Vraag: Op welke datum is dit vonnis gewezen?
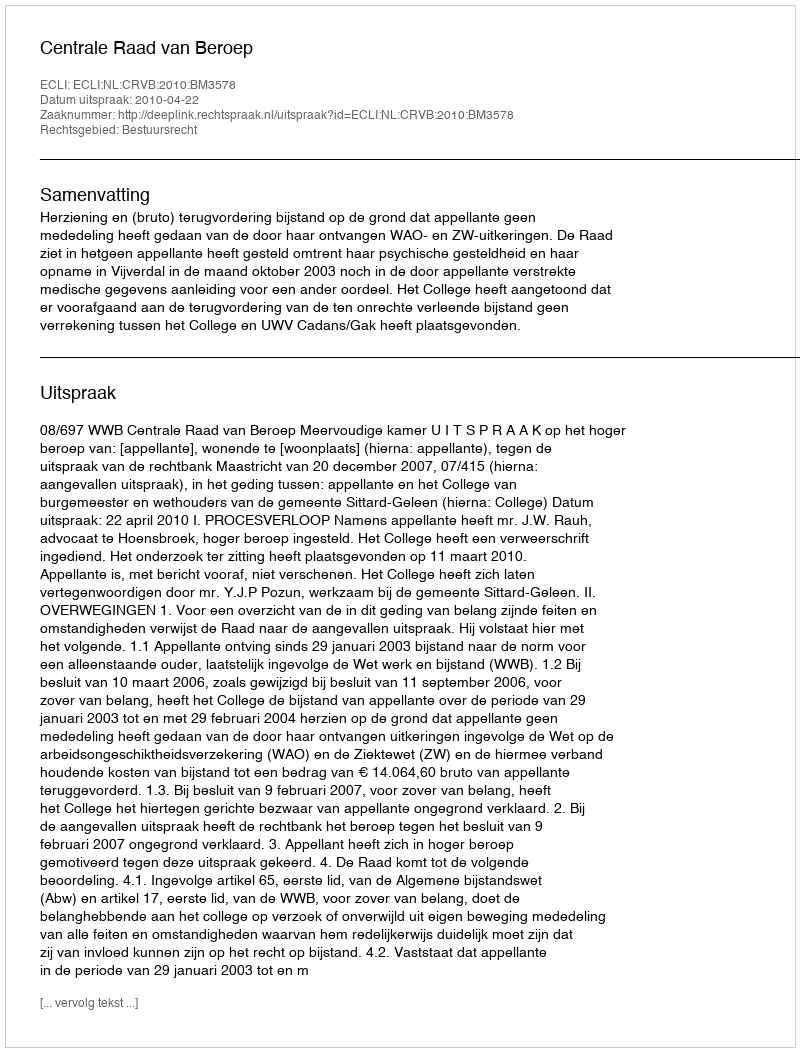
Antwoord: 2010-04-22